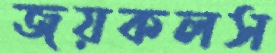
জয়কলস